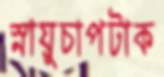
স্নায়ুচাপটাক